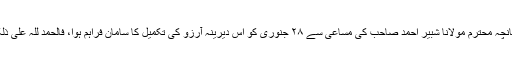
چنانچہ محترم مولانا شبیر احمد صاحب کی مساعی سے ۲۸ جنوری کو اس دیرینہ آرزو کی تکمیل کا سامان فراہم ہوا، فالحمد للہ علٰی ذٰلک۔